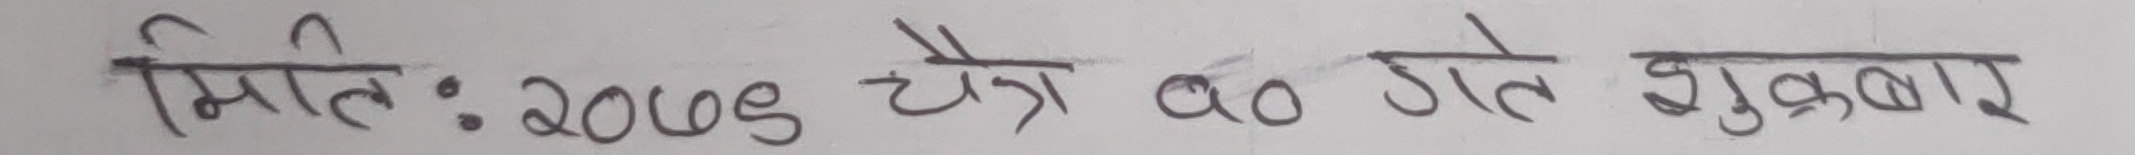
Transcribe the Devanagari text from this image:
मितिः २०७९ चैत्र 30 गते शुक्रबार